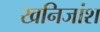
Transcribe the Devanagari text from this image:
खनिजांश